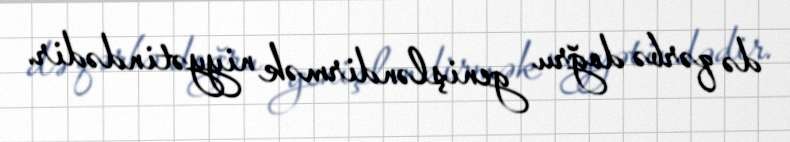
də qərbə doğru genişləndirmək niyyətindədir.